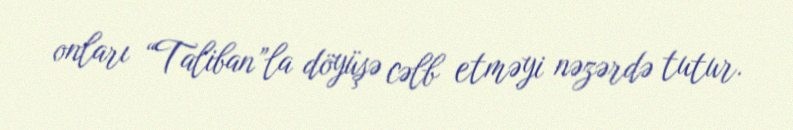
onları “Taliban”la döyüşə cəlb etməyi nəzərdə tutur.